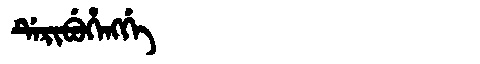
Manchu: ᡩᡝᡵᡳᠪᡠᡥᡝᠩᡤᡝ
Romanization: DERIBUHENGGE